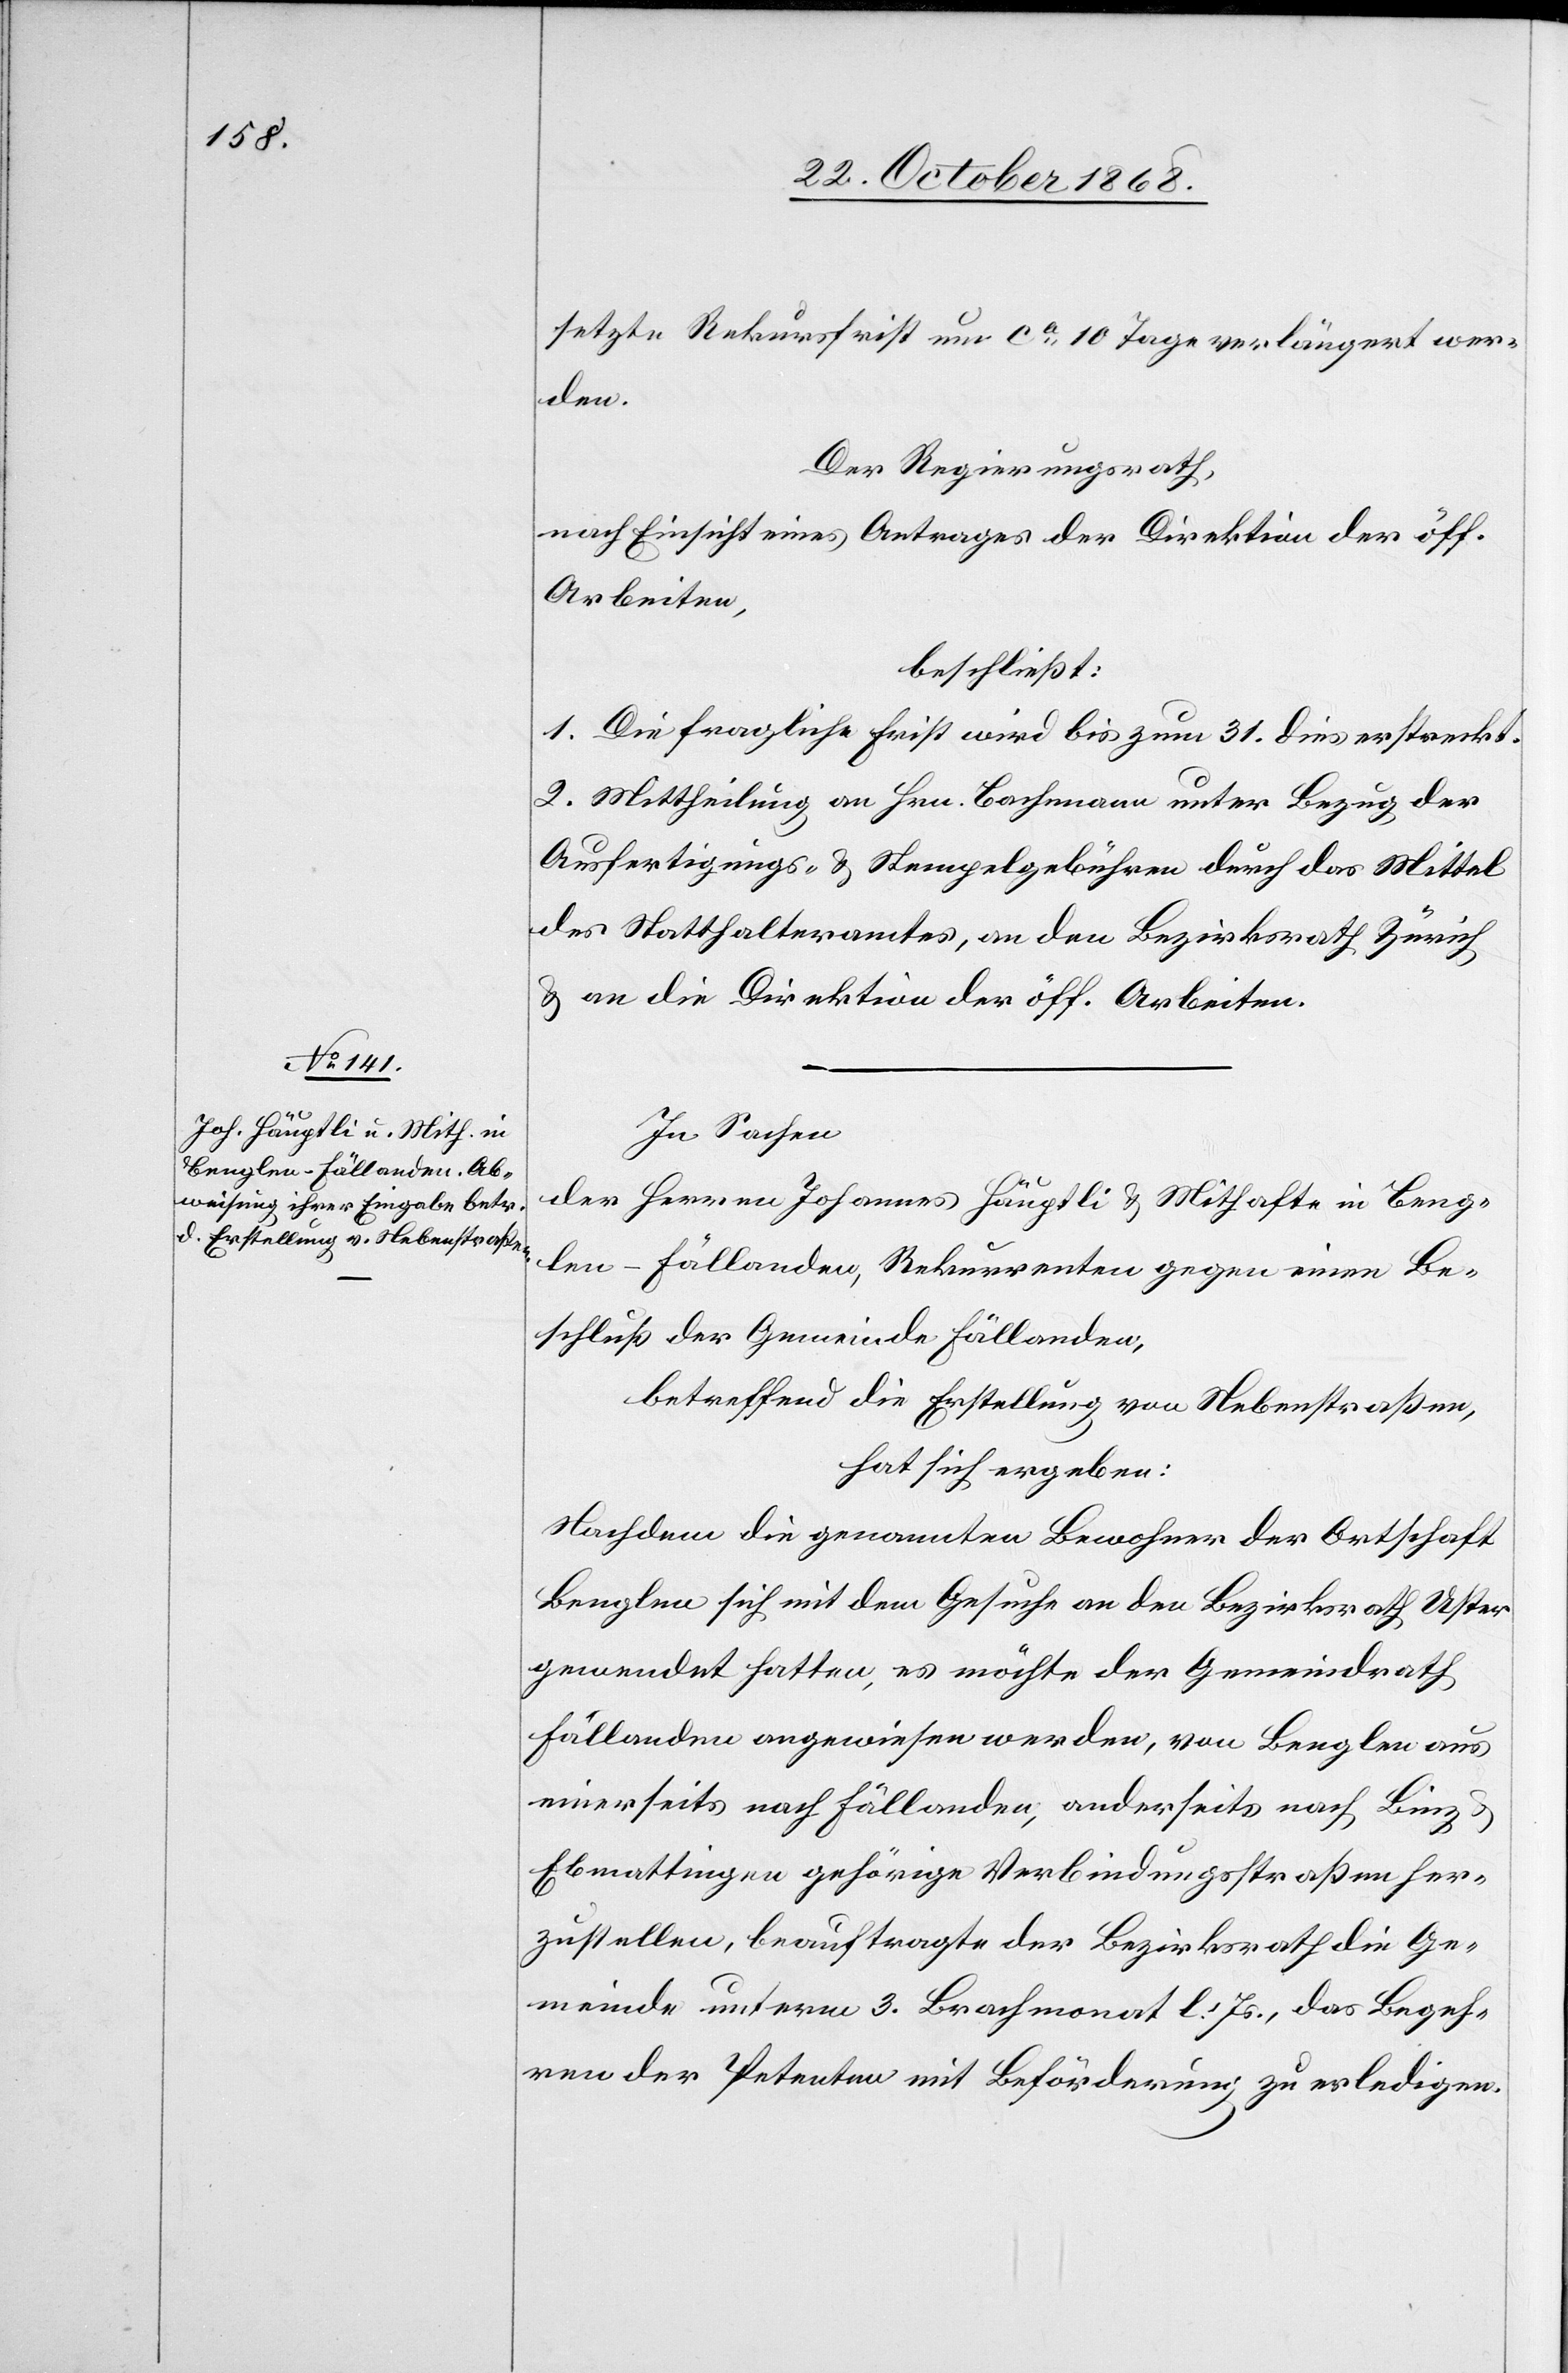
setzte Rekursfrist um ca 10 Tage verlängert wer¬
den.
Der Regierungsrath,
nach Einsicht eines Antrages der Direktion der öff.
Arbeiten,
beschließt:
1. Die fragliche Frist wird bis zum 31. dies erstreckt.
2. Mittheilung an Hrn. Bachmann unter Bezug der
Ausfertigungs- & Stempelgebühren durch das Mittel
des Statthalteramtes, an den Bezirksrath Zürich
& an die Direktion der öff. Arbeiten.
In Sachen
der Herren Johannes Häuptli & Mithafte in Beng¬
len - Fällanden, Rekurrenten gegen einen Be¬
schluß der Gemeinde Fällanden,
betreffend die Erstellung von Nebenstraßen,
hat sich ergeben:
Nachdem die genannten Bewohner der Ortschaft
Benglen sich mit dem Gesuche an den Bezirksrath Uster
gewendet hatten, es möchte der Gemeindrath
Fällanden angewiesen werden, von Benglen aus
einerseits nach Fällanden, anderseits nach Binz &
Ebmattingen gehörige Verbindungsstraßen her¬
zustellen, beauftragte der Bezirksrath die Ge¬
meinde unterm 3. Brachmonat l. Js., das Begeh¬
ren der Petenten mit Beförderung zu erledigen.